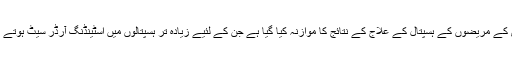
لیکن یہ یاد رہے کہ اس اسٹڈی میں صرف دل کی بیماری کے مریضوں کے ہسپتال کے علاج کے نتائج کا موازنہ کیا گیا ہے جن کے لئیے زیادہ تر ہسپتالوں میں اسٹینڈنگ آرڈر سیٹ ہوتے ہیں یعنی سب کو ایک ہی طریقے سے ٹریٹ کیا جاتا ہے۔